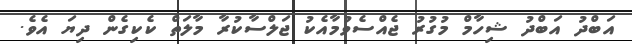
އަބްދު އަބްދު ޝިހާމް މުގުރު ޖެއްސެވުމާއެކު ޖަލްސާކުރާ މާލަތް ކެކިގެން ދިޔަ އެވެ.